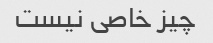
چیز خاصی نیست